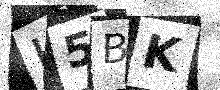
Text: H5BK